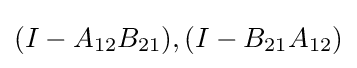
(I-A_{12}B_{21}),(I-B_{21}A_{12})